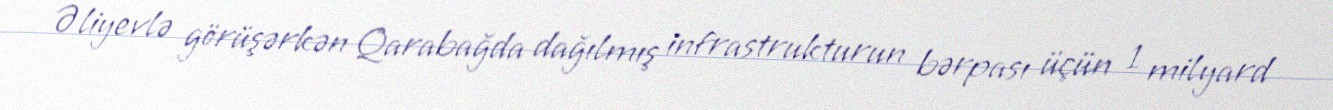
Əliyevlə görüşərkən Qarabağda dağılmış infrastrukturun bərpası üçün 1 milyard